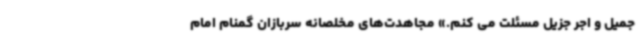
جمیل و اجر جزیل مسئلت می کنم.» مجاهدت‌های مخلصانه سربازان گمنام امام